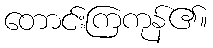
တောင်းကြကုန်၏။